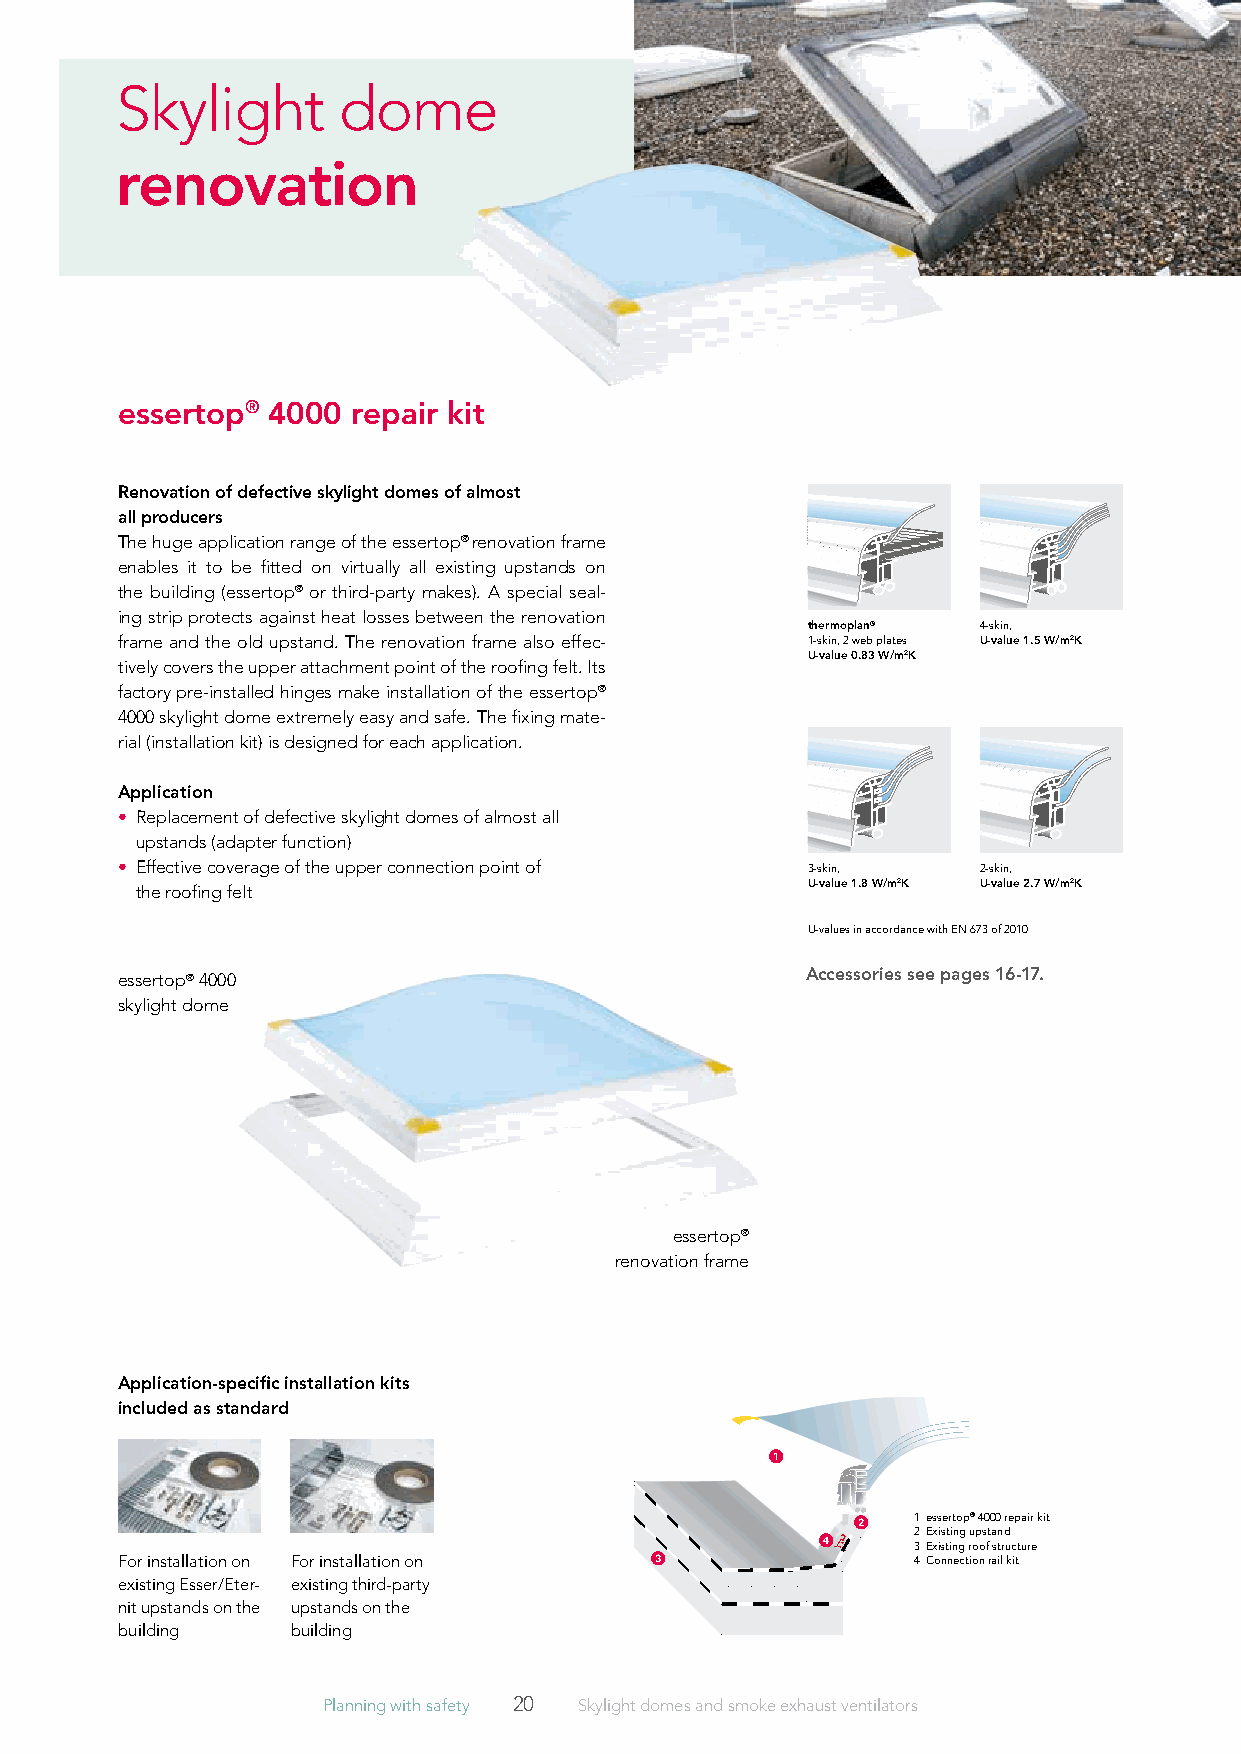
Skylight      dome
 renovation
 essertop® 4000 repair kit
 renovation of defective skylight domes of almost
 all producers
 The huge application range of the essertop® renovation frame
 enables it to be fitted on virtually all existing upstands on
 the building (essertop® or third-party makes). A special seal-
 ing strip protects against heat losses between the renovation
 thermoplan® 4-skin,
 frame and the old upstand. The renovation frame also effec- 1-skin, 2 web plates U-value 1.5 W/m2K
 U-value 0.83 W/m2K
 tively covers the upper attachment point of the roofing felt. Its
 factory pre-installed hinges make installation of the essertop®
 4000 skylight dome extremely easy and safe. The fixing mate-
 rial (installation kit) is designed for each application.
 Application
 • R eplacement of defective skylight domes of almost all
 upstands (adapter function)
 • E ffective coverage of the upper connection point of 3-skin, 2-skin,
 the roofing felt                            U-value 1.8 W/m2K U-value 2.7 W/m2K
 U-values in accordance with EN 673 of 2010
 Accessories see pages 16-17.
 essertop® 4000
 skylight dome
 essertop®
 renovation frame
 Application-specific installation kits
 included as standard
 1
 2    1 essertop® 4000 repair kit
 4      2 Existing upstand
 3 Existing roof structure
 For installation on For installation on 3            4 Connection rail kit
 existing Esser/Eter- existing third-party
 nit upstands on the upstands on the
 building   building
 Planning with safety 20 Skylight domes and smoke exhaust ventilators